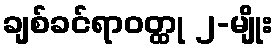
ချစ်ခင်ရာဝတ္ထု ၂-မျိုး